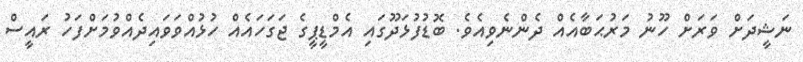
ނަޝީދަށް ވަރަށް ހޫނު މަރުޙަބާއެއް ދެންނެވިއެވެ. ބޮޑުފުޅަދޫގައި އެމްޑީޕީގެ ޖަގަހައެއް ހުޅުއްވަވައިދެއްވުމަށްފަހު ރައީސް